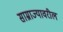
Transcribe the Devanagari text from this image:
साम्राज्यावरील